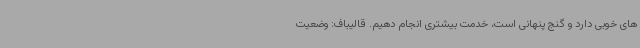
های خوبی دارد و گنج پنهانی است، خدمت بیشتری انجام دهیم. قالیباف: وضعیت